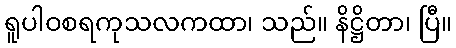
ရူပါဝစရကုသလကထာ၊ သည်။ နိဋ္ဌိတာ၊ ပြီ။